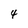
Character: 4